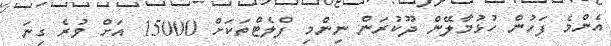
އެންމެ ފަހުން ހުޅުމާލޭން ދޫކުރަން ނިންމި ފްލެޓްތަކަށް 15000 އަށް ވުރެ ގިނަ